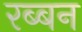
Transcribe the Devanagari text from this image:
रब्बन